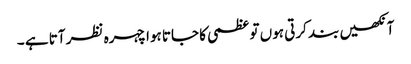
آنکھیں بند کرتی ہوں تو عظمی کا جاتا ہوا چہرہ نظر آتا ہے ۔